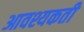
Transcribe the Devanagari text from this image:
आवश्यकती